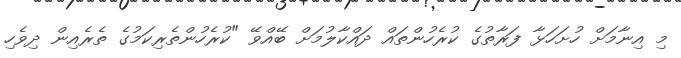
މި އިނާމަށް ހުށަހަޅާ ފަރާތުގެ ކުރެހުންތައް ދައްކާލުމަށް ބޭއްވޭ "ކުރެހުންތެރިކަމުގެ ތެރެއިން ދިވެހި